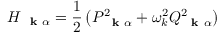
H _ { \mathrm { ~ \bf ~ k ~ } \alpha } = \frac { 1 } { 2 } \left( P _ { \mathrm { ~ \bf ~ k ~ } \alpha } ^ { 2 } + \omega _ { k } ^ { 2 } Q _ { \mathrm { ~ \bf ~ k ~ } \alpha } ^ { 2 } \right)